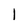
Character: 1